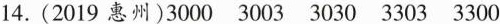
14.(2019惠州)3000 3003 3030 3303 3300